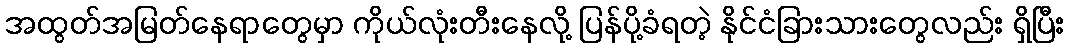
အထွတ်အမြတ်နေရာတွေမှာ ကိုယ်လုံးတီးနေလို့ ပြန်ပို့ခံရတဲ့ နိုင်ငံခြားသားတွေလည်း ရှိပြီး